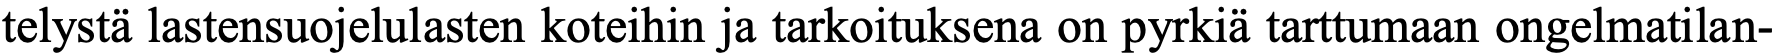
telystä lastensuojelulasten koteihin ja tarkoituksena on pyrkiä tarttumaan ongelmatilan-